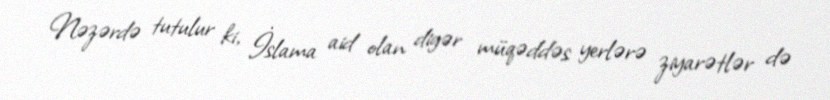
Nəzərdə tutulur ki, İslama aid olan digər müqəddəs yerlərə ziyarətlər də